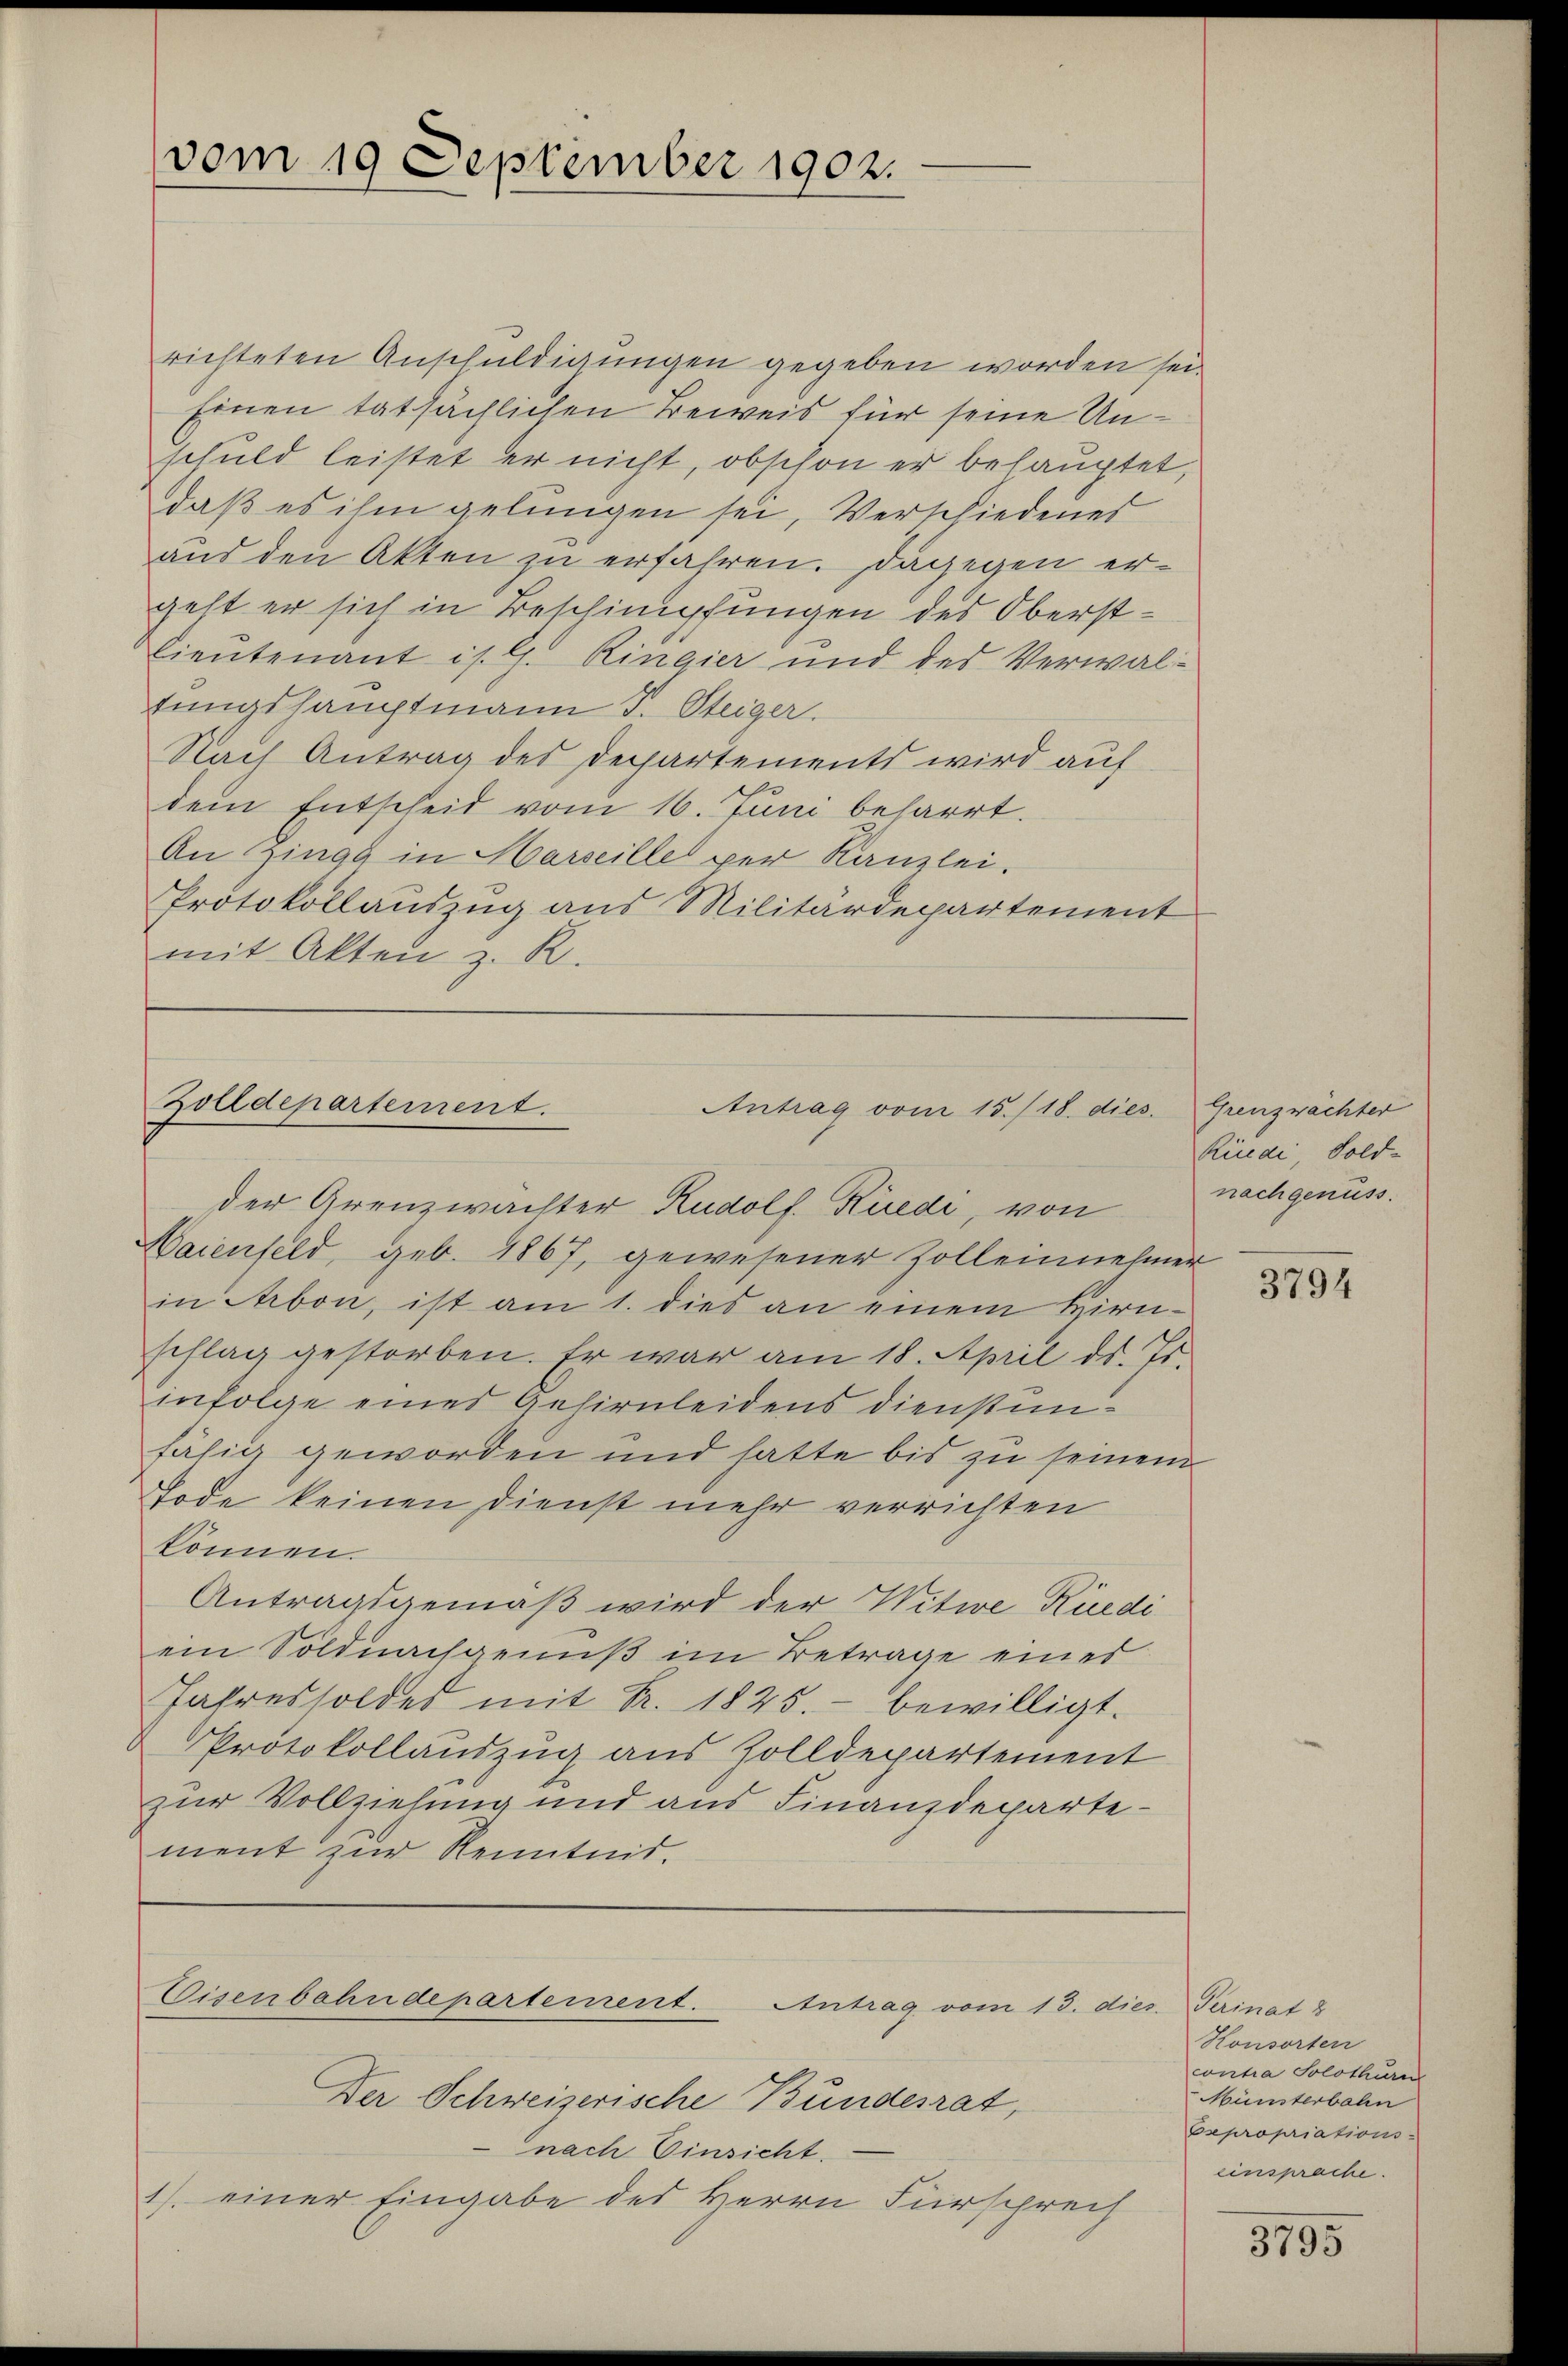
richteten Anschuldigungen gegeben worden sei.
Einen tatsächlichen Beweis für seine Unschuld leistet er nicht, obschon er behauptet,
daß es ihm gelungen sei, Verschiedener
aud den Akten zu erfahren. Dagegen ergeht er sich in Beschimpfungen des Oberst¬
Lieutenant ist G. Ringier und des Verwaltungshauptmann J. Steiger.
Nach Antrag des Departements wird auf
dem Entscheid vom 16. Juni beharrt.
An Zingg in Marseille per Kanzlei.
Protokollauszug aus Militärdepartement
mit Akten z. R.

vom 19 September 1902.

Zolldepartement.
Antrag vom 15./18. dies
der Grenzwachter Rudolf Küedi, von

Haienfeld, geb. 1867, gewesener Zolleinnehmer
in Arbon, ist am 1. dies an einem Hirn-
schlag gestorben. Er war am 18. April ds. Js.
infolge eines Gehirnleidens dienstunfähig geworden und hatte bis zu seinem
Tode keinen Dienst mehr verrichten
können.
Antragsgemäß wird der Witwe Rüedi
ein Soldnachgenuß im Betrage eines
Jahressoldes mit Fr. 1825. bewilligt.
Protokollandzug aus Zolldepartement
zur Vollziehung und aus Finanzdepartement zur Kenntnis.

Eisenbahndepartement.
Antrag vom 13. dies. Perinat z

Der Schweizerische Bundesrat,
nach Einsicht.
1) einer Eingabe des Herrn Fürsprech

Grenzwächter
Rüedi, Sold-
nachgenuss.

3794

Honsorten
contra Solothurn
Münsterbahn
Expropriations-
einsprache.

3795